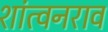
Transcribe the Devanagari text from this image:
शांत्वनराव